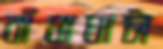
বাঁধাঘাটা